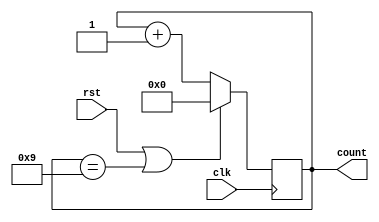
module mod10counter(clk,rst,count);
input clk,rst;
output[3:0]count;
reg[3:0]count;
always@(posedge clk)
begin
if(rst|count==4'b1001)
count<=4'b0;
else 
count<=count+1;
end
endmodule